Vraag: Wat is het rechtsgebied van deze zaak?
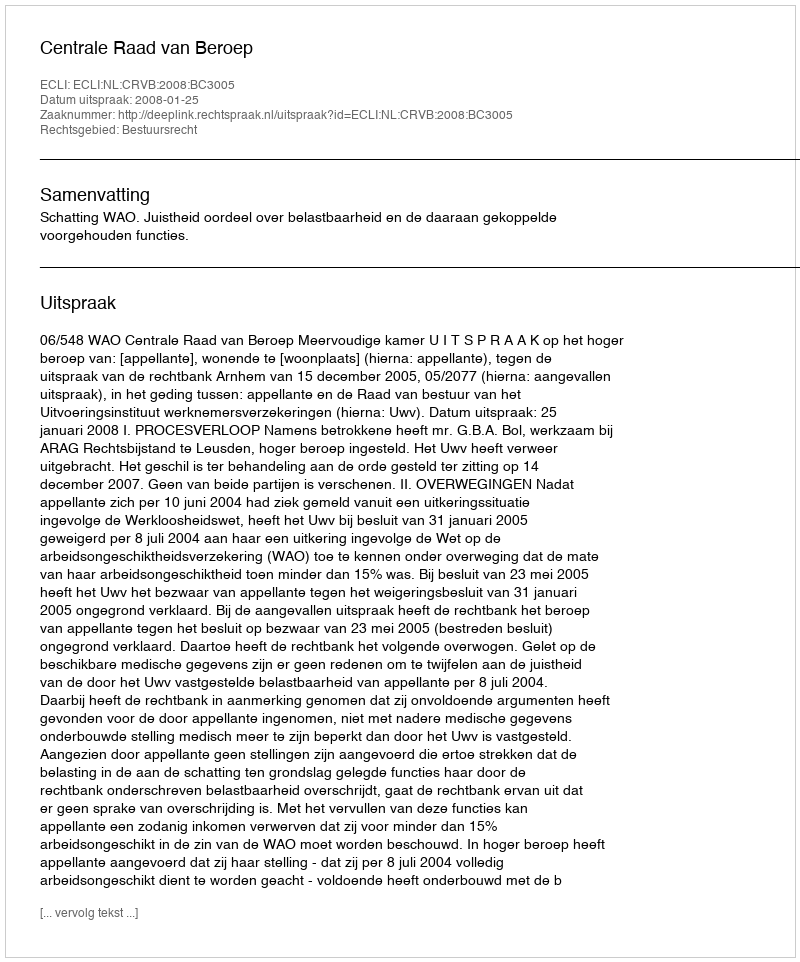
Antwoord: Bestuursrecht